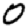
Digit: 0